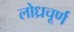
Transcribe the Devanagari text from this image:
लोध्रचूर्ण